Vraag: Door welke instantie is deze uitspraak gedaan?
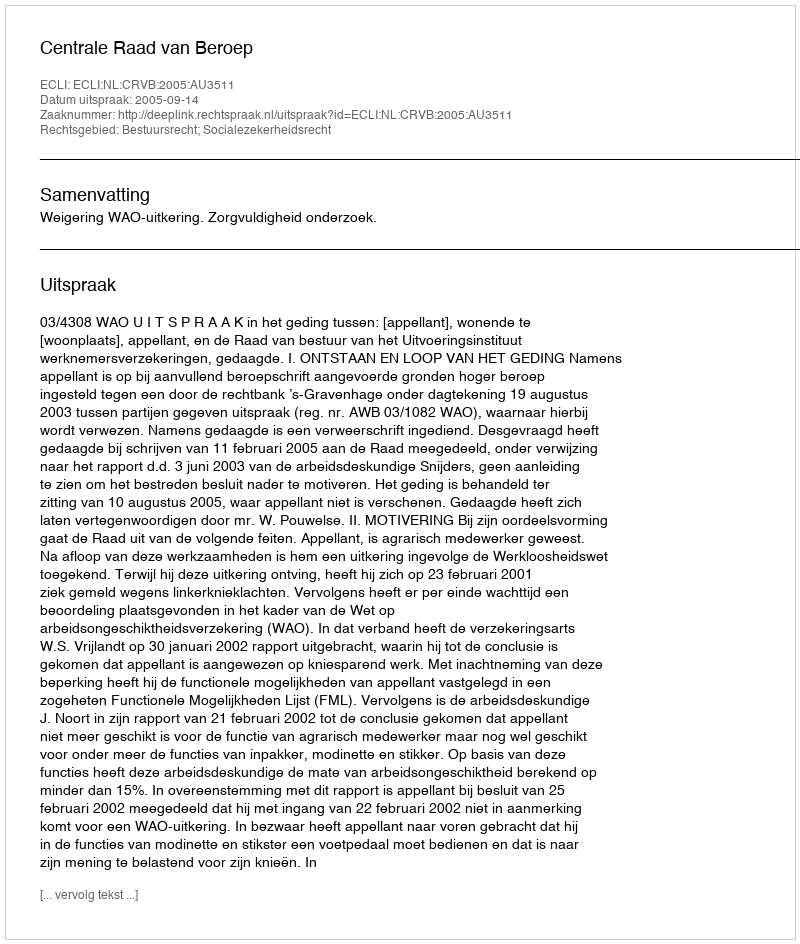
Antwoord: Centrale Raad van Beroep